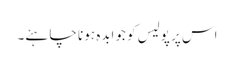
اس پر پولیس کو جوابدہ ہونا چاہئے۔